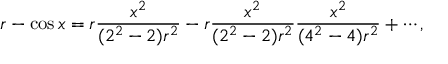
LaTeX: r - \cos x = r { \frac { x ^ { 2 } } { ( 2 ^ { 2 } - 2 ) r ^ { 2 } } } - r { \frac { x ^ { 2 } } { ( 2 ^ { 2 } - 2 ) r ^ { 2 } } } { \frac { x ^ { 2 } } { ( 4 ^ { 2 } - 4 ) r ^ { 2 } } } + \cdots ,